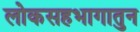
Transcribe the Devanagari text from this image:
लोकसहभागातुन